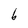
Character: b